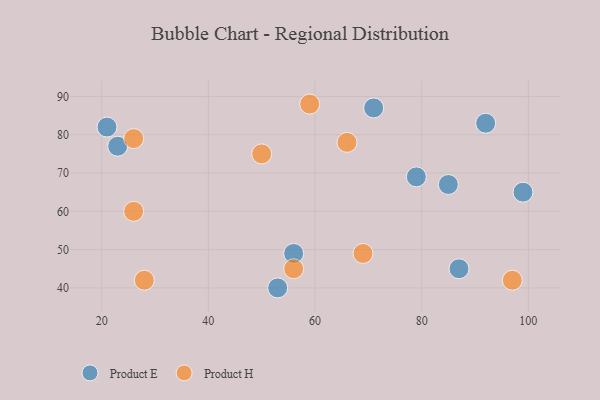
{"axis": {"x": "GDP", "y": "Life Expectancy"}, "legend": ["Product E", "Product H"], "data": [{"x": "71", "y": 87, "type": "Product E"}, {"x": "92", "y": 83, "type": "Product E"}, {"x": "85", "y": 67, "type": "Product E"}, {"x": "79", "y": 69, "type": "Product E"}, {"x": "21", "y": 82, "type": "Product E"}, {"x": "56", "y": 49, "type": "Product E"}, {"x": "23", "y": 77, "type": "Product E"}, {"x": "99", "y": 65, "type": "Product E"}, {"x": "53", "y": 40, "type": "Product E"}, {"x": "87", "y": 45, "type": "Product E"}, {"x": "26", "y": 60, "type": "Product H"}, {"x": "56", "y": 45, "type": "Product H"}, {"x": "26", "y": 79, "type": "Product H"}, {"x": "50", "y": 75, "type": "Product H"}, {"x": "59", "y": 88, "type": "Product H"}, {"x": "97", "y": 42, "type": "Product H"}, {"x": "69", "y": 49, "type": "Product H"}, {"x": "66", "y": 78, "type": "Product H"}, {"x": "28", "y": 42, "type": "Product H"}]}